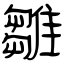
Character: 雛